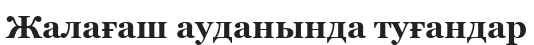
Жалағаш ауданында туғандар